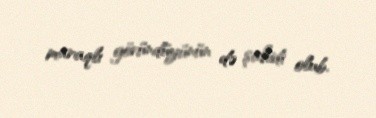
maraqlı göründüyünün də şahidi olub.